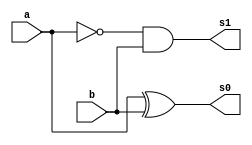
// ---------------------
// Guia 04_03 - Diferenca completa com meia diferenca
// Nome: Anderson Belchior de Carvalho
// ---------------------

// ---------------------
// -- meia diferenca
// ---------------------

module meiadiferenca (s0, s1, a, b);

 output s0, s1;
 input  a, b;
 wire q0;
 
xor XOR1 (s0, a, b);
not NOT1 (q0, a);
and AND1 (s1, q0, b);
 
 endmodule //meiadiferenca
 
// ---------------------
// -- module diferenca completa
// ---------------------

module diferencacompleta(s0, s1, a, b, v);

wire q0,q1,q2;
output s0, s1;
input a, b, v;

meiadiferenca MD1 (q0, q1, a, b);
meiadiferenca MD2 (s0, q2, v, q0);
or OR1 (s1, q1, q2);

endmodule // diferenca completa

// --------------------------
// -- test diferenca completa
// --------------------------

module testdiferencacompleta;
 reg   a, b, v;             
 wire  s0, s1;
          // instancia
 diferencacompleta DIFERENCACOMPLETA1 (s0, s1, a, b, v);

 initial begin:start
      a=0; b=0; v=0;
 end

          // parte principal
 initial begin:main
      $display("Guia 04_03 - Anderson Belchior de Carvalho - 396673");
      $display("Operador Diferenca-Completa usando dois circuitos Meia-Diferenca.");
      $display("\nv a b = s1 s0\n");
      $monitor(" %b %b %b = %b %b", v, a, b, s1, s0);
#1 a=0;b=1;v=0;
#1 a=1;b=0;v=0;
#1 a=1;b=1;v=0;
#1 a=0;b=0;v=1;
#1 a=0;b=1;v=1;
#1 a=1;b=0;v=1;
#1 a=1;b=1;v=1;
  
 end

endmodule // testdiferencacompleta